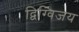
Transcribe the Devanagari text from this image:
द्विग्विजय